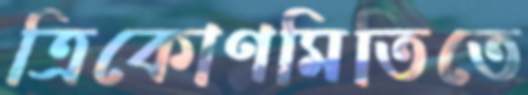
ত্রিকোণমিতিতে